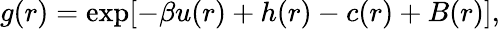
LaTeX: g(r)=\exp[-\beta u(r)+h(r)-c(r)+B(r)],